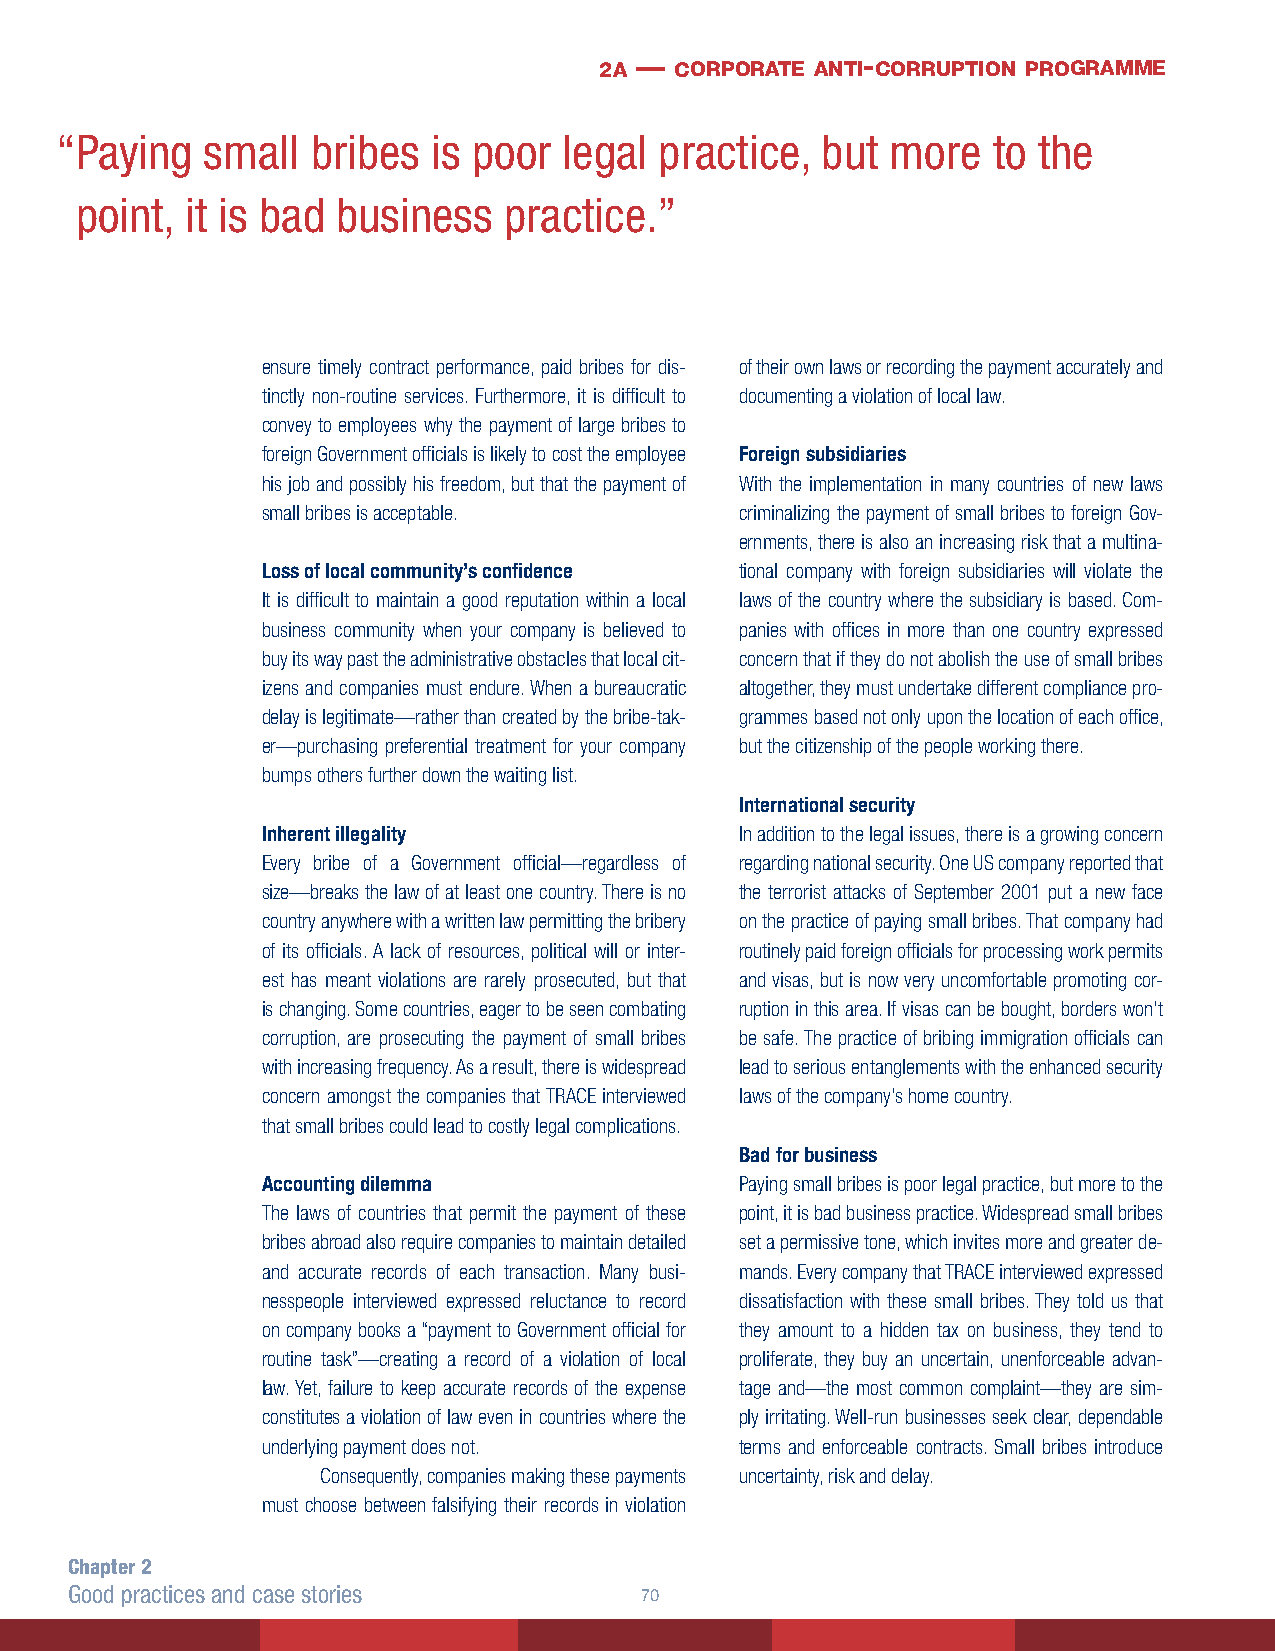
2a — corporate anti- corruption programme
 “P aying  small  bribes  is poor legal  practice, but  more   to the
 point, it is bad business   practice.”
 ensure timely contract performance, paid bribes for dis- of their own laws or recording the payment accurately and
 tinctly non-routine services. Furthermore, it is difficult to documenting a violation of local law.
 convey to employees why the payment of large bribes to
 foreign Government officials is likely to cost the employee Foreign subsidiaries
 his job and possibly his freedom, but that the payment of With the implementation in many countries of new laws
 small bribes is acceptable.     criminalizing the payment of small bribes to foreign Gov-
 ernments, there is also an increasing risk that a multina-
 Loss of local community’s confidence tional company with foreign subsidiaries will violate the
 It is difficult to maintain a good reputation within a local laws of the country where the subsidiary is based. Com-
 business community when your company is believed to panies with offices in more than one country expressed
 buy its way past the administrative obstacles that local cit- concern that if they do not abolish the use of small bribes
 izens and companies must endure. When a bureaucratic altogether, they must undertake different compliance pro-
 delay is legitimate—rather than created by the bribe-tak- grammes based not only upon the location of each office,
 er—purchasing preferential treatment for your company but the citizenship of the people working there.
 bumps others further down the waiting list.
 International security
 Inherent illegality             In addition to the legal issues, there is a growing concern
 Every bribe of a Government official—regardless of regarding national security. One US company reported that
 size—breaks the law of at least one country. There is no the terrorist attacks of September 2001 put a new face
 country anywhere with a written law permitting the bribery on the practice of paying small bribes. That company had
 of its officials. A lack of resources, political will or inter- routinely paid foreign officials for processing work permits
 est has meant violations are rarely prosecuted, but that and visas, but is now very uncomfortable promoting cor-
 is changing. Some countries, eager to be seen combating ruption in this area. If visas can be bought, borders won’t
 corruption, are prosecuting the payment of small bribes be safe. The practice of bribing immigration officials can
 with increasing frequency. As a result, there is widespread lead to serious entanglements with the enhanced security
 concern amongst the companies that TRACE interviewed laws of the company’s home country.
 that small bribes could lead to costly legal complications.
 Bad for business
 Accounting dilemma              Paying small bribes is poor legal practice, but more to the
 The laws of countries that permit the payment of these point, it is bad business practice. Widespread small bribes
 bribes abroad also require companies to maintain detailed set a permissive tone, which invites more and greater de-
 and accurate records of each transaction. Many busi- mands. Every company that TRACE interviewed expressed
 nesspeople interviewed expressed reluctance to record dissatisfaction with these small bribes. They told us that
 on company books a “payment to Government official for they amount to a hidden tax on business, they tend to
 routine task”—creating a record of a violation of local proliferate, they buy an uncertain, unenforceable advan-
 law. Yet, failure to keep accurate records of the expense tage and—the most common complaint—they are sim-
 constitutes a violation of law even in countries where the ply irritating. Well-run businesses seek clear, dependable
 underlying payment does not.    terms and enforceable contracts. Small bribes introduce
 Consequently, companies making these payments uncertainty, risk and delay.
 must choose between falsifying their records in violation
 Chapter 2
 Good practices and case stories      0